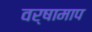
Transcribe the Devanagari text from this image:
वर्षामाप